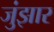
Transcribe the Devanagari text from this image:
जुंझार